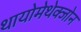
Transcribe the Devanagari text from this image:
थायोमेथेक्‍जोन